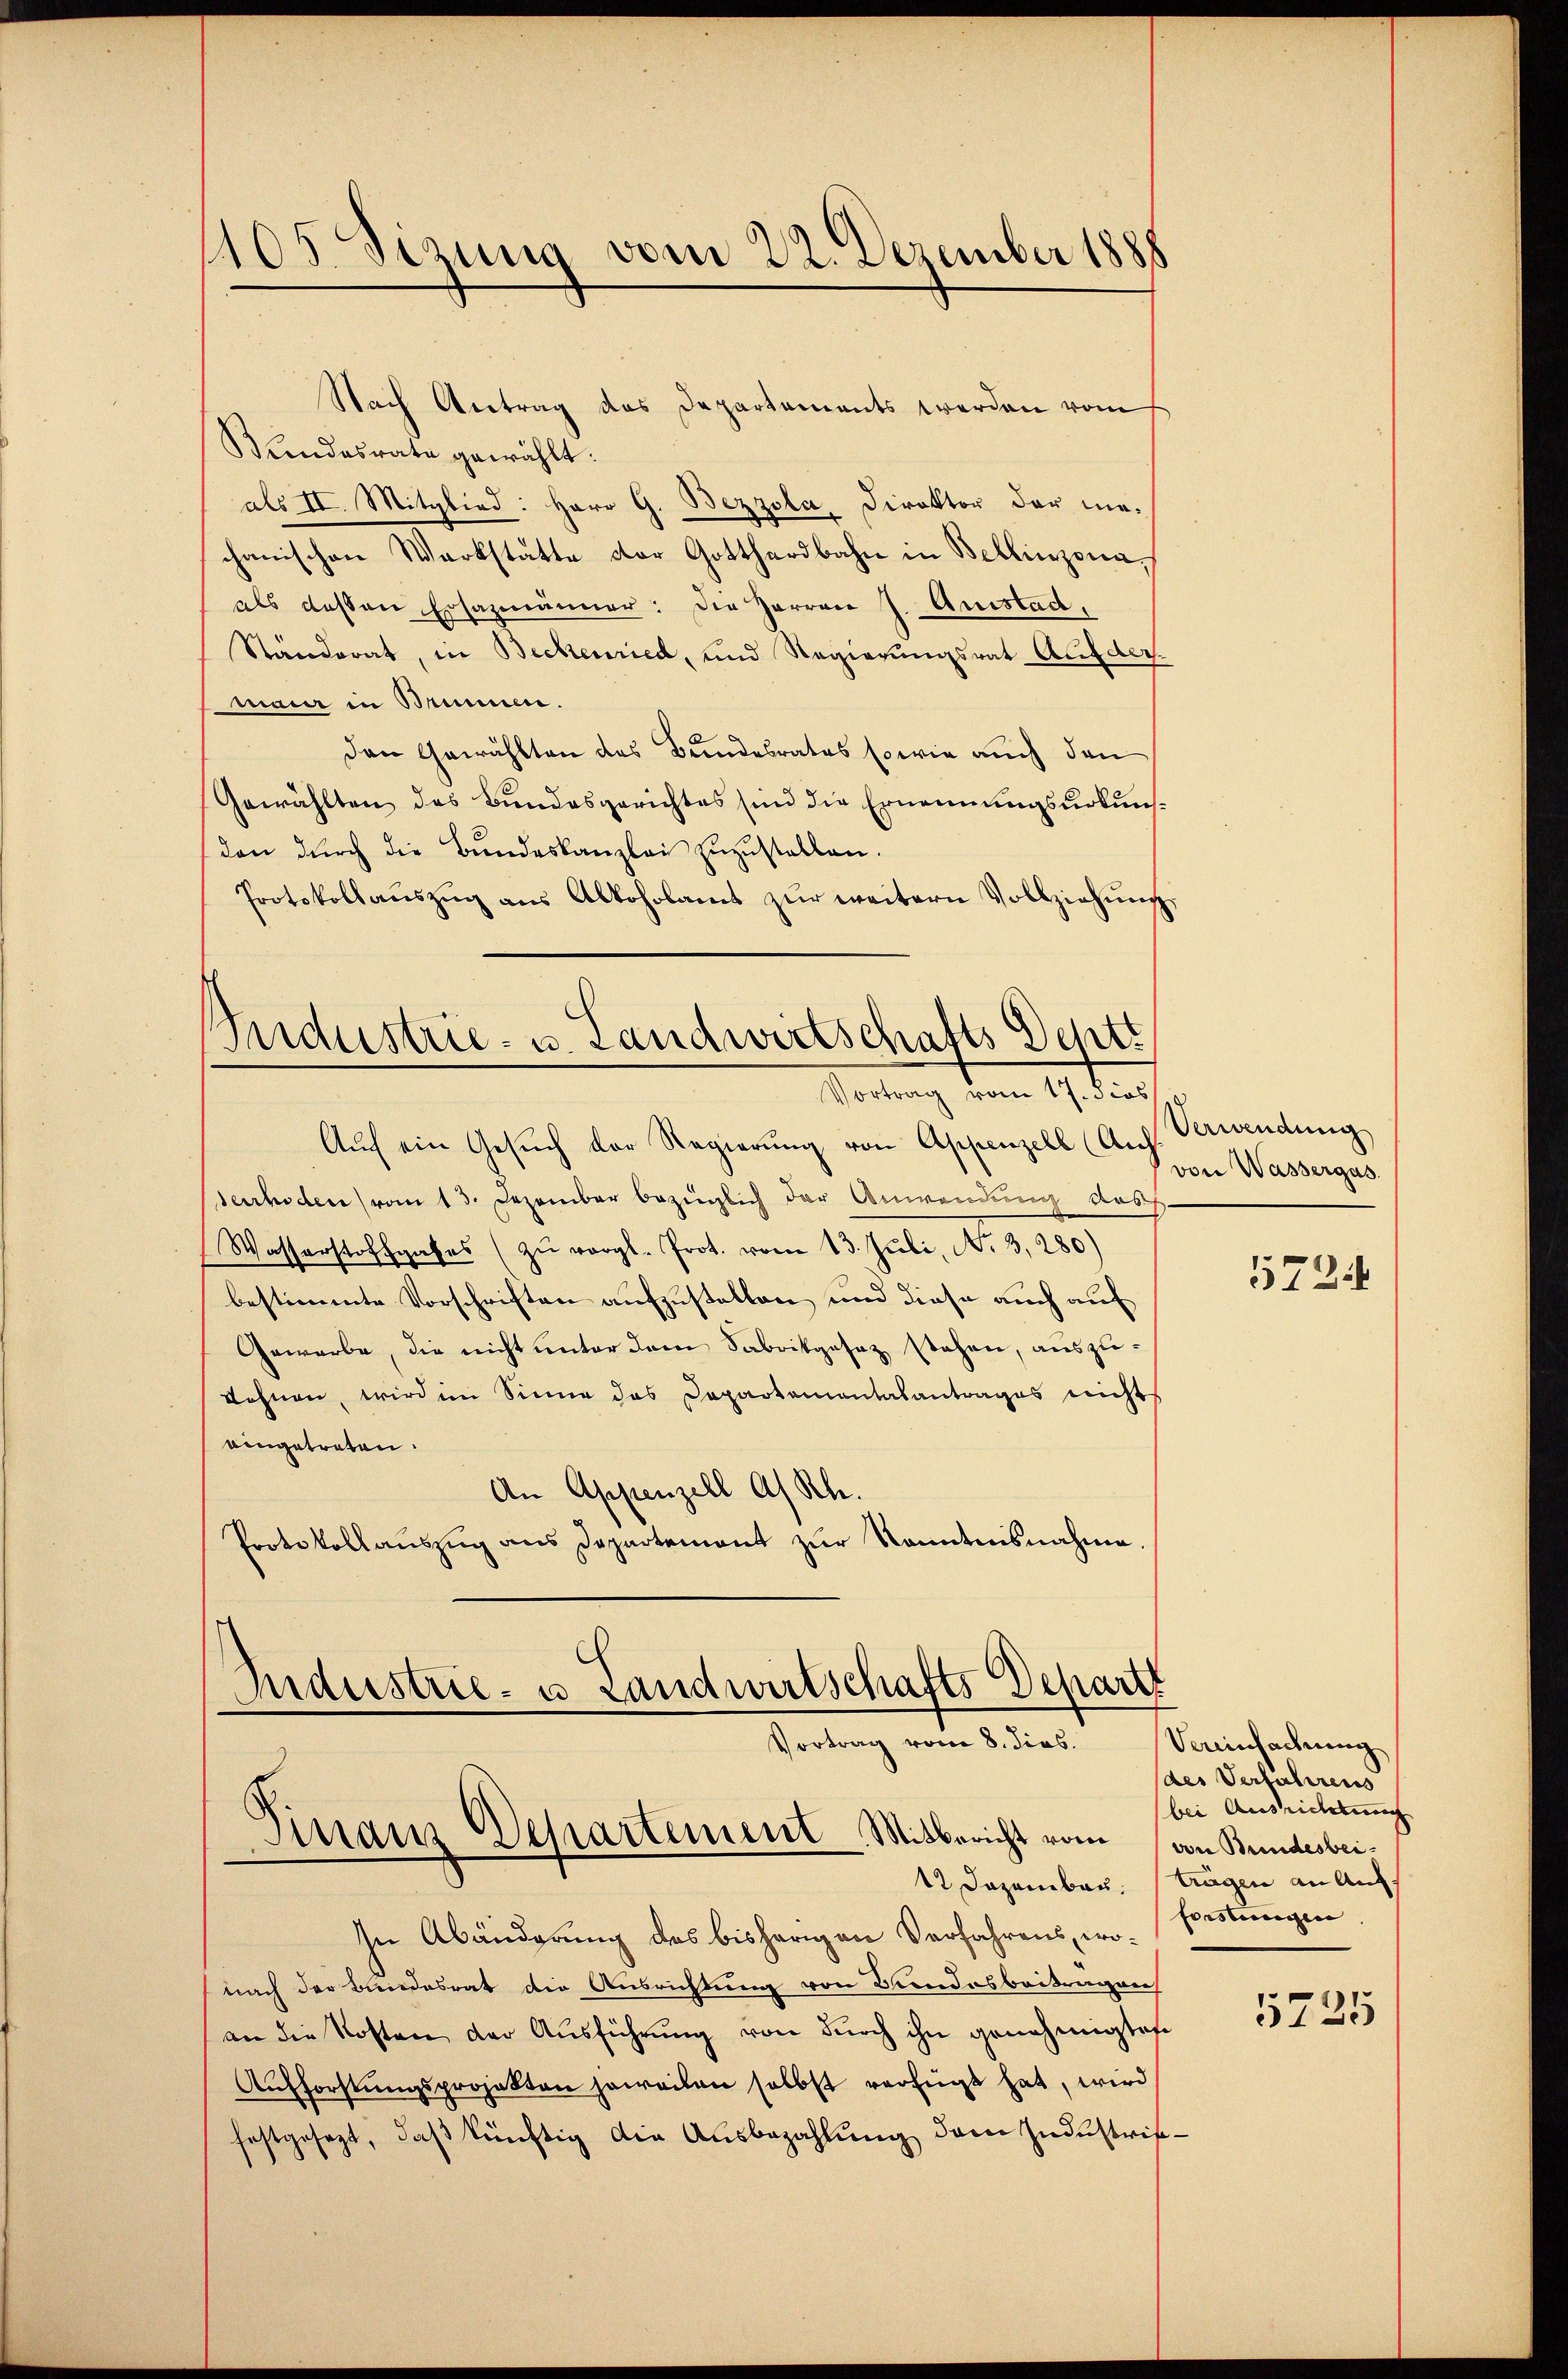
1105. Sizung vom 22. Dezember 1888

Nach Antrag des Departements werden vom
Bundesrate gewählt:
als II. Mitglied: Herr G. Bezzola, Direktor der mechanischen Werkstätte der Gotthardbahn in Bellinzona,
als dessen Ersazmänner: die Herren J. Anstad,
Ständerat, in Beckenried, und Regierungsrat Aufe
mair in Brunnen.
Den Gewählten des Bundesrates sowie auch den
Gewählten des Bundesgerichtes sind die Ernennungsurkuns¬
(den durch die Bundeskanzlei zuzustellen.
Protokollaŭszŭg aŭs Alkoholamt zŭr weitern Vollziehŭng
Sendustrie- u. Landwirtschafts Deptt

Vortrag vom 17. Jos

Aŭf ein Gesŭch der Regierŭng von Appenzell (Anh. Verwendung
serrhoden vom 13. Dezember bezüglich der Anwendung des
Wasserstoffgases (zŭ vergl. Prot. vom 13. Juli, No. 3280)
bestimmte Vorschriften aufzustellen und diese auch auf
Gewerbe, die nicht unter dem Sabrikgesez stehen, auszu¬
Lohnen, wird im Sinne das Departemontalantrages nicht
eingetreten.
An Appenzell A/Rh.
Protokollaŭszŭg ans Departement zŭr Kenntnisnahme.

Industrie- u. Landwirtschafts-Departe
Vortrag vom 8. dies. Vereinfachung
Finanz Departement Mitbericht vom
12 Dezember, trägen an Auf

von Wassergas
5724

In Abänderung des bisherigen Verfahrens, wonach der Bundesrat die Ausrichtung von Bundesbeitragen
an die Kosten der Aŭsführŭng von dŭrch ihn genehmigtete
Aŭfforstŭngsprojekten jeweilen selbst verfügt hat, wird
festgesezt, daβ künftig die Ausbezahlŭng dem Industrie¬

des Verfahrens
bei Ausrichtung
von Bundesbei¬
Forstungen

5725